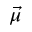
\vec { \mu }